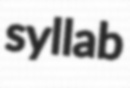
syllab